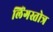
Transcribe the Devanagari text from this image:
लिंगस्तोत्र